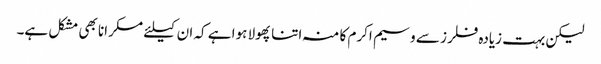
لیکن بہت زیادہ فلرز سے وسیم اکرم کا منہ اتنا پھولا ہوا ہے کہ ان کیلئے مسکرانا بھی مشکل ہے۔